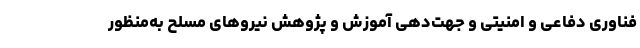
فناوری دفاعی و امنیتی و جهت­دهی آموزش و پژوهش نیروهای مسلح به‌منظور